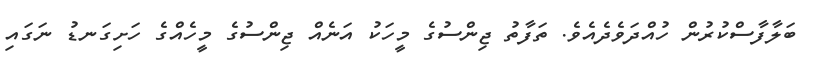
ބަލާފާސްކުރުން ހުއްދަވެދެއެވެ. ތަފާތު ޖިންސުގެ މީހަކު އަނެއް ޖިންސުގެ މީހެއްގެ ހަށިގަނޑު ނަގައި